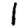
Digit: 1